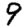
Digit: 9